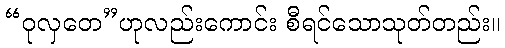
“ဝုလှတေ”ဟုလည်းကောင်း စီရင်သောသုတ်တည်း။